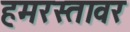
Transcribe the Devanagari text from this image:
हमरस्तावर